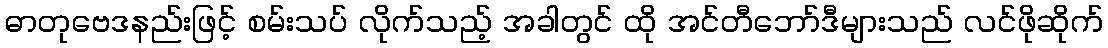
ဓာတုဗေဒနည်းဖြင့် စမ်းသပ် လိုက်သည့် အခါတွင် ထို အင်တီဘော်ဒီများသည် လင်ဖိုဆိုက်